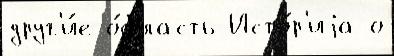
друг'и́е о́бласть Исто́р'иjа о